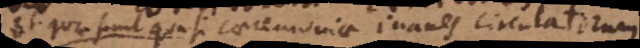
Et quae sunt quasi caeremoniae inanes circulatorum.